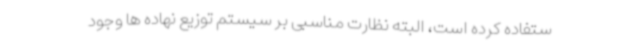
ستفاده کرده است، البته نظارت مناسبی بر سیستم توزیع نهاده ها وجود